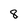
Character: 8